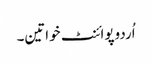
اُردوپوائنٹ خواتین۔